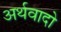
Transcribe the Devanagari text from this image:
अर्थवादो